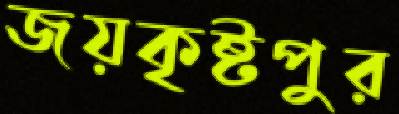
জয়কৃষ্টপুর